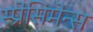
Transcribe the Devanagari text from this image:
स्प्रेसिमेन्स